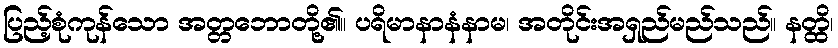
ပြည့်စုံကုန်သော အတ္တဘောတို့၏။ ပရိမာနာနံနာမ၊ အတိုင်းအရှည်မည်သည်။ နတ္ထိ၊